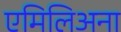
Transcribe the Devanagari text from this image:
एमिलिअना